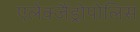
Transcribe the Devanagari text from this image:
एलेक्जैंड्रोपोलिस